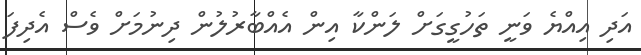
އަދި އިއްޔެ ވަނީ ތަހުގީގަށް ލަންކާ އިން އެއްބާރުލުން ދިނުމަށް ވެސް އެދިފަ